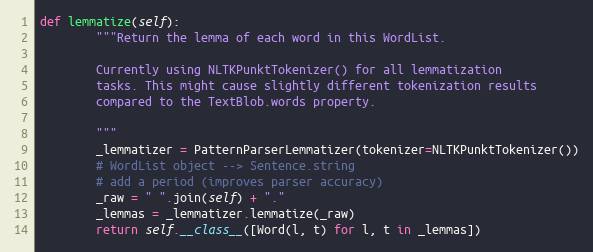
Language: Python
def lemmatize(self):
        """Return the lemma of each word in this WordList.

        Currently using NLTKPunktTokenizer() for all lemmatization
        tasks. This might cause slightly different tokenization results
        compared to the TextBlob.words property.

        """
        _lemmatizer = PatternParserLemmatizer(tokenizer=NLTKPunktTokenizer())
        # WordList object --> Sentence.string
        # add a period (improves parser accuracy)
        _raw = " ".join(self) + "."
        _lemmas = _lemmatizer.lemmatize(_raw)
        return self.__class__([Word(l, t) for l, t in _lemmas])